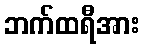
ဘက်ထရီအား